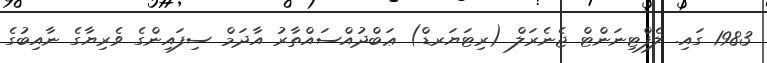
1983 ގައި. ލެފްޓިނަންޓް ޖެނެރަލް (ރިޓަޔަރޑް) ޢަބްދުއްސައްތާރު އާދަމް ސިފައިންގެ ވެރިޔާގެ ނާއިބުގެ